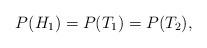
LaTeX: \begin{align*}P(H_{1}) = P(T_{1}) = P(T_{2}),\end{align*}